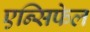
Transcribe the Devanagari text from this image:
एन्सिफेल